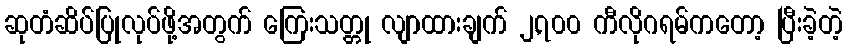
ဆုတံဆိပ်ပြုလုပ်ဖို့အတွက် ကြေးသတ္တု လျာထားချက် ၂,၇၀၀ ကီလိုဂရမ်ကတော့ ပြီးခဲ့တဲ့